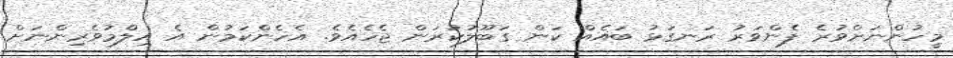
މީހުންނަށްވުރެ ފެންވަރު ރަނގަޅު ބައެއް ކަން ގަބޫލުކުރަން ޖެހެއެވެ. އެހެންކަމުން އެ އިލްމުވެރިންނަށް